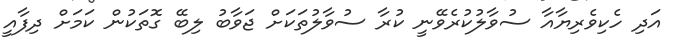
އަދި ހެކިވެރިޔާއާ ސުވާލުކުރެވޭނީ ކުރާ ސުވާލުތަކަށް ޖަވާބު ލިބޭ ގޮތަކުން ކަމަށް ދިފާއީ